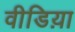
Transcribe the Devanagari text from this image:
वीडिय़ा